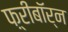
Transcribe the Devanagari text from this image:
फ़्रीबॉर्न